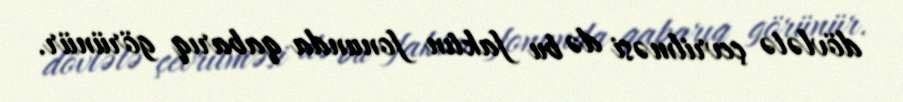
dövlətə çevrilməsi də bu faktın fonunda qabarıq görünür.